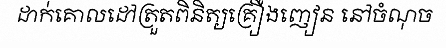
ដាក់គោលដៅត្រួតពិនិត្យគ្រឿងញៀន នៅចំណុច